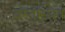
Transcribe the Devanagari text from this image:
वस्तुस्थित